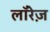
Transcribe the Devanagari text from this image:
लॉरेज़